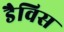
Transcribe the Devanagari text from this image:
डैविस